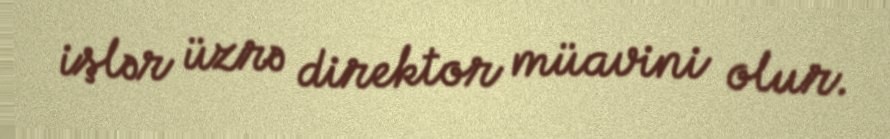
işlər üzrə direktor müavini olur.